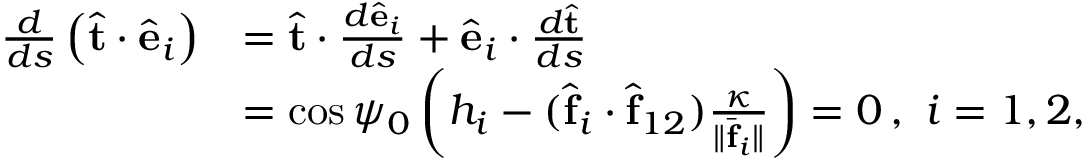
\begin{array} { r l } { \frac { d } { d s } \left( \hat { \bf t } \cdot \hat { \bf e } _ { i } \right) } & { = \hat { \bf t } \cdot \frac { d \hat { \bf e } _ { i } } { d s } + \hat { \bf e } _ { i } \cdot \frac { d \hat { \bf t } } { d s } } \\ & { = \cos \psi _ { 0 } \left( h _ { i } - ( \hat { \bf f } _ { i } \cdot \hat { \bf f } _ { 1 2 } ) \frac { \kappa } { \| \bar { \bf f } _ { i } \| } \right) = 0 \, , \ i = 1 , 2 , } \end{array}